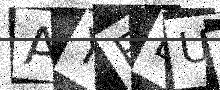
Text: AYEDUX